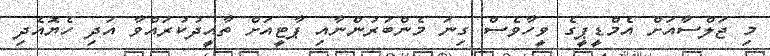
މި ޖަލްސާއަށް އެމްޑީޕީގެ ވީހާވެސް ގިނަ މެންބަރުންނާއި ޕާޓީއަށް ތާއީދުކުރައްވާ އަދި ހެޔޮއެދި